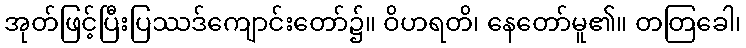
အုတ်ဖြင့်ပြီးပြဿဒ်ကျောင်းတော်၌။ ဝိဟရတိ၊ နေတော်မူ၏။ တတြခေါ၊